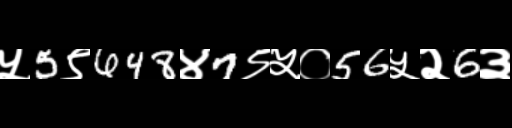
Text: ५5९648४7९५०56५२6३